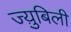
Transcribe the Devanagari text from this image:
ज्य़ुबिली